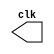
// Guia 09-01 - Gerador de pulso
// Nome: Marley Ribeiro 

 
// -------------------------------------------------------------------------------------------------------------------------------------------------------------------

module clock ( clk ); 
	
	output clk; 
	reg clk; 

initial 
	begin 
		clk = 1'b0; 
	end 

always 
	begin 
		#30 clk = ~clk; 
	end 
endmodule 

//------------------------------------------------------------------------------------------

module pulse ( signal, clock ); 
	
	input clock; 
	output signal; 
	reg signal; 
	
always @ ( clock ) 
	begin 
			 signal = 1'b0; 
		#15 signal = 1'b1; 
  
end 
endmodule 

//---------------------------------------------------------------------------------------------
		
module trigger ( signal, on, clock ); 

	input on, clock; 
	output signal; 
	reg signal; 
	
always @ ( negedge clock & on ) 
	begin 
		#30 signal = 1'b1; 
		#30 signal = 1'b0; 
end 
endmodule  

//-------------------------------------------------------------------------------

module testeclock_metade_frequencia; 

	wire clk; 
	clock clk1 ( clk ); 
	reg p; 
	wire p1, t1; 
	pulse pulse1 ( p1, clk ); 

initial begin 
	p = 1'b0; 
end 

initial begin 
	$dumpfile("testeclock_metade_frequencia.vcd");
	$dumpvars ( 1, clk, p1, p ); 
	
	#030 p = 1'b1; 
	#060 p = 1'b0; 
	#090 p = 1'b1; 
	#120 p = 1'b0; 
	#150 p = 1'b1; 
	#180 p = 1'b0;  
	#196 $finish; 
end 
endmodule